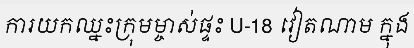
ការយកឈ្នះក្រុមម្ចាស់ផ្ទះ U-18 វៀតណាម ក្នុង